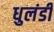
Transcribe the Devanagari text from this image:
धुलंडी